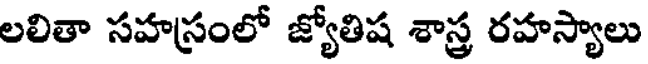
లలితా సహస్రంలో జ్యోతిష శాస్త్ర రహస్యాలు